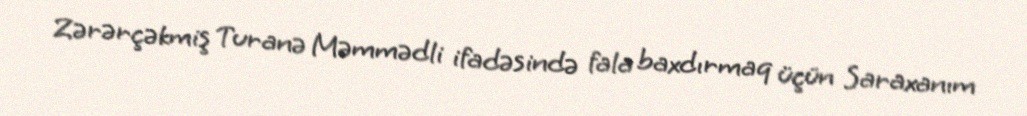
Zərərçəkmiş Turanə Məmmədli ifadəsində fala baxdırmaq üçün Saraxanım